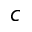
c